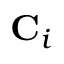
\mathbf { C } _ { i }